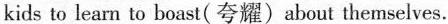
kids to learn to boast(夸耀) about themselves.